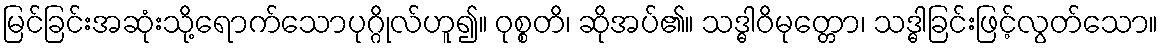
မြင်ခြင်းအဆုံးသို့ရောက်သောပုဂ္ဂိုလ်ဟူ၍။ ဝုစ္စတိ၊ ဆိုအပ်၏။ သဒ္ဓါဝိမုတ္တော၊ သဒ္ဓါခြင်းဖြင့်လွတ်သော။